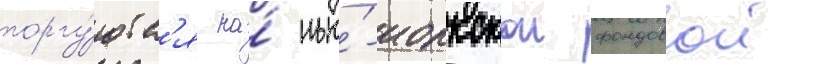
торгу́ютс'я на́ нью́-иоркскои фондовои